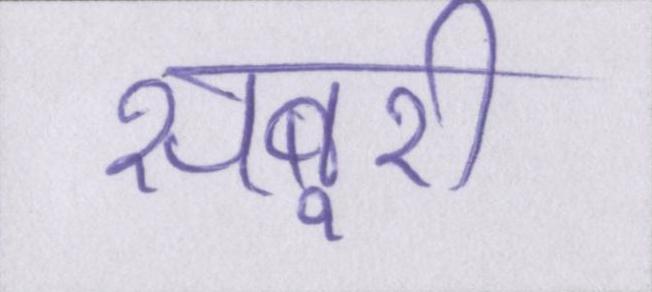
सबूरी